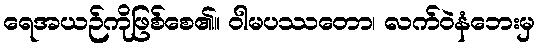
ရေအယဉ်ကိုဖြစ်စေ၏။ ဝါမပဿတော၊ လက်ဝဲနံဘေးမှ